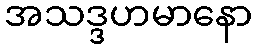
အသဒ္ဒဟမာနော